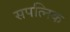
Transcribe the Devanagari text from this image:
सपत्निक